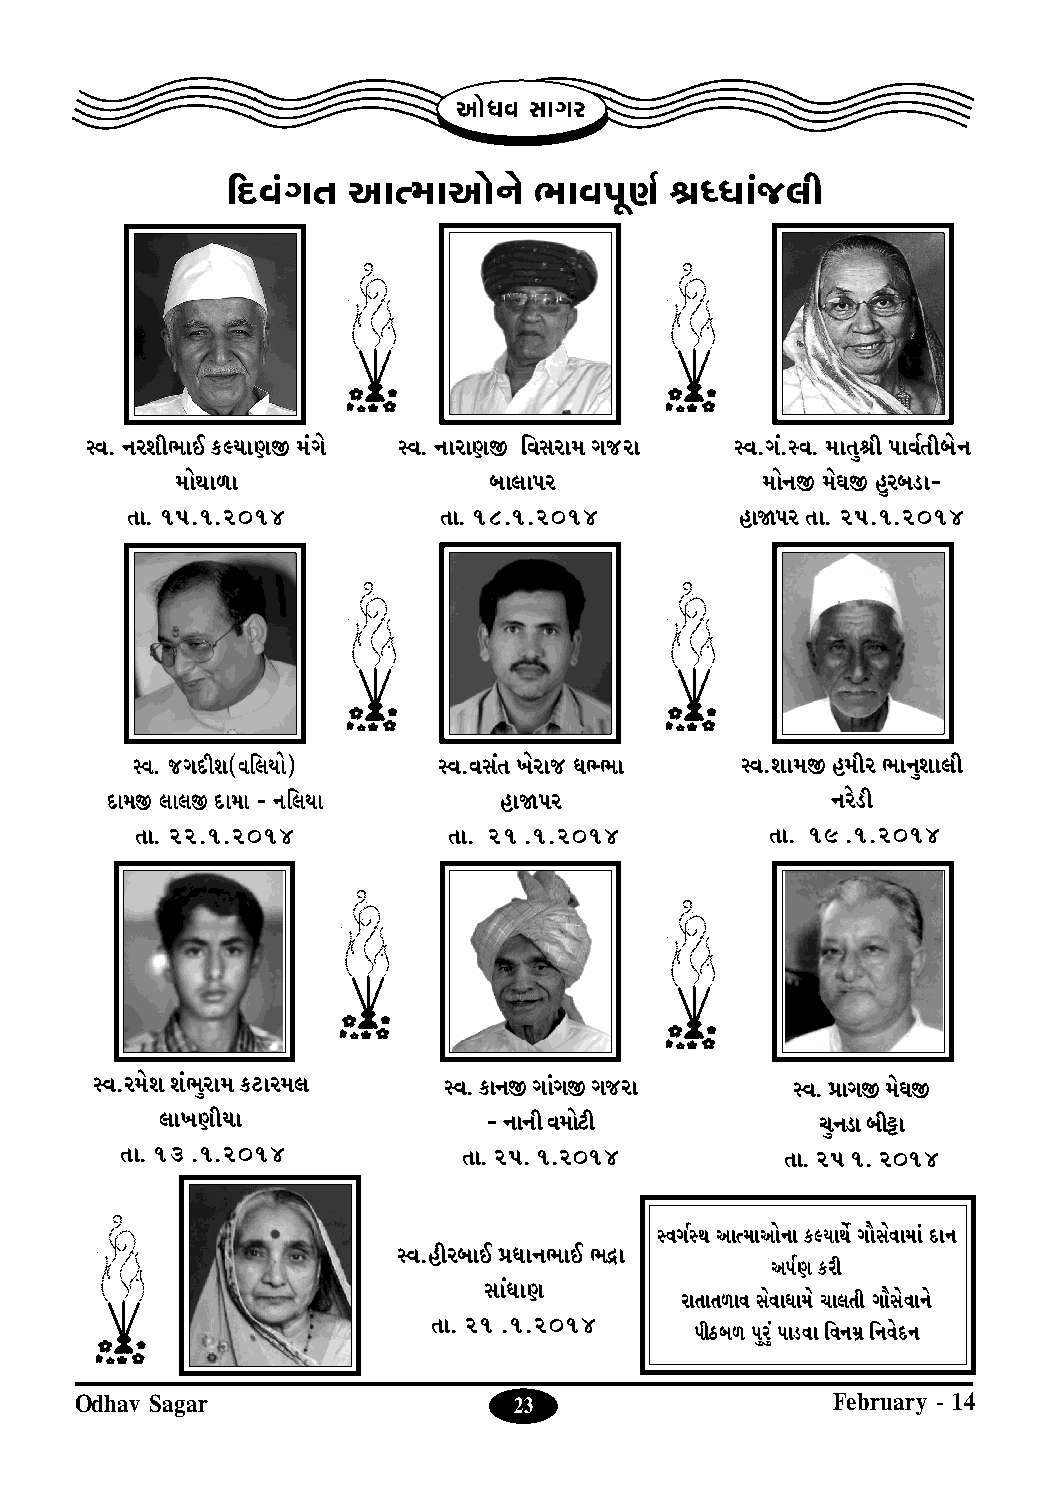
Ap°^h kpNf
 q]$h¨N[ Ap–dpAp°_°  cph`|ZÆ  Ó›^p¨S>gu
 ıh. _fiucpC L$ÎepZ∆ d¨N° ıh. _pfpZ∆ rhkfpd NS>fp ıh.N¨.ıh. dp[yÓu `phÆ[ub°_
 dp°\pmp             bpgp`f            dp°_∆ d°O∆ lyfbX$p-
 [p. 15.1.2014        [p. 18.1.2014       lp≈`f [p. 25.1.2014
 ıh. S>N]$ui(hrgep°) ıh.hk¨[ M°fpS> ^Êcp ıh.ipd∆ lduf cp_yipgu
 ]$pd∆ gpg∆ ]$pdp - _rgep  lp≈`f                 _f°X$u
 [p. 22.1.2014        [p. 21 .1.2014       [p. 19 .1.2014
 ıh.fd°i i¨cyfpd L$V$pfdg ıh. L$p_∆ Np¨N∆ NS>fp ıh. ‚pN∆ d°O∆
 gpMZuep              - _p_u hdp°V$u        Qy_X$p buÀ$p
 [p. 13 .1.2014         [p. 25. 1.2014       [p. 25 1. 2014
 ıhNÆı\ Ap–dpAp°_p L$Îep\£ Np•k°hpdp¨ ]$p_
 ıh.lufbpC ‚^p_cpC c÷p
 A`ÆZ L$fu
 kp¨^pZ
 fp[p[mph k°hp^pd° Qpg[u Np•k°hp_°
 [p. 21 .1.2014
 `uW$bm `yfy¨ `pX$hp rh_d∞ r_h°]$_
 Odhav Sagar                  23                   February - 14